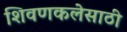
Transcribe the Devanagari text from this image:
शिवणकलेसाठी